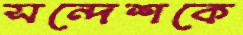
সন্দেশকে